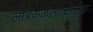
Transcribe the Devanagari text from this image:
लोंबकळल्यासारखा